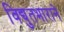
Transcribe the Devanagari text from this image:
विद्युतभाराने